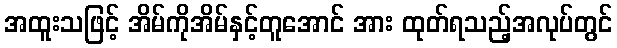
အထူးသဖြင့် အိမ်ကိုအိမ်နှင့်တူအောင် အား ထုတ်ရသည့်အလုပ်တွင်